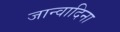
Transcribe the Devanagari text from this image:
जान्वादिना